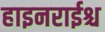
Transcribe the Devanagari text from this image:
हाइनराईश्च